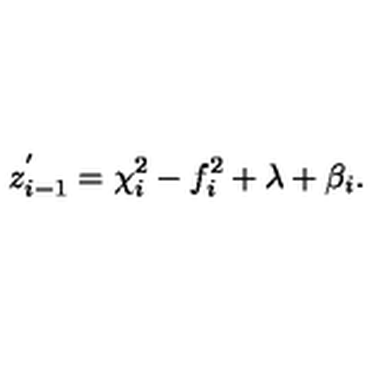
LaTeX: z _ { i - 1 } ^ { ' } = \chi _ { i } ^ { 2 } - f _ { i } ^ { 2 } + \lambda + \beta _ { i } .